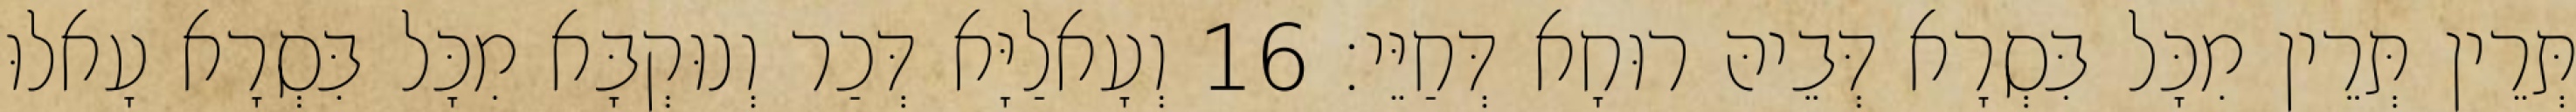
תְּרֵין תְּרֵין מִכָּל בִּסְרָא דְּבֵיהּ רוּחָא דְּחַיֵּי׃ 16 וְעָאלַיָּא דְּכַר וְנוּקְבָּא מִכָּל בִּסְרָא עָאלוּ